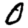
Digit: 0